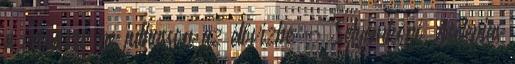
a vegyszer ne juthasson az élővízbe - Selyemkóró Asclepias